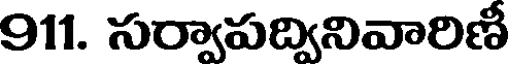
911. సర్వాపద్వినివారిణీ